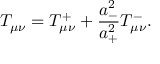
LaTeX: T _ { \mu \nu } = T _ { \mu \nu } ^ { + } + \frac { a _ { - } ^ { 2 } } { a _ { + } ^ { 2 } } T _ { \mu \nu } ^ { - } .